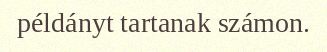
példányt tartanak számon.